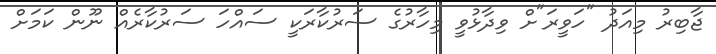
ޖާބިރު މިއަދު "ހަވީރަ"ށް ވިދާޅުވީ މިހާރުގެ ސަރުކާރަކީ ސައްހަ ސަރުކާރެއް ނޫން ކަމަށް